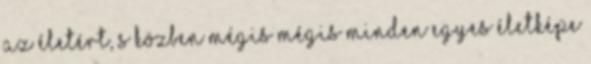
az életért, s közben mégis mégis minden egyes életképe